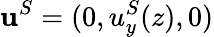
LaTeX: \mathbf{u}^{S}=(0,u_{y}^{S}(z),0)